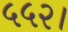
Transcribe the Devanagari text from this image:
५५२।